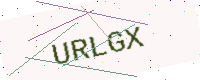
Text: URLGX